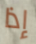
إذا